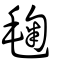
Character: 毱